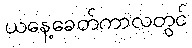
ယနေ့ခေတ်ကာလတွင်